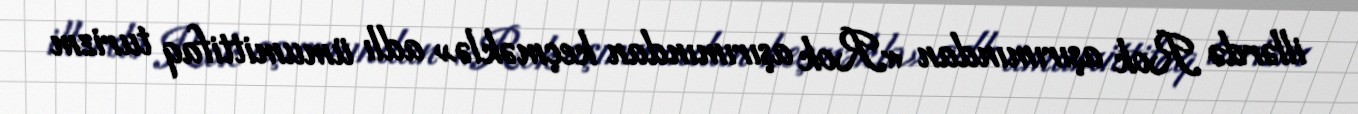
illərdə Rok aşırımından «Rok aşırımından keçməklə» adlı ümumittifaq turizm